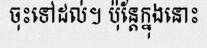
ចុះទៅដល់។ ប៉ុន្តែក្នុងនោះ